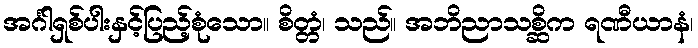
အင်္ဂါရှစ်ပါးနှင့်ပြည့်စုံသော။ စိတ္တံ၊ သည်။ အဘိညာသစ္ဆိက ရဏီယာနံ၊